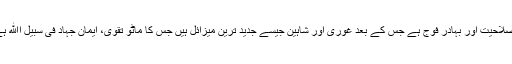
باصلاحیت اور بہادر فوج ہے جس کے بعد غوری اور شاہین جیسے جدید ترین میزائل ہیں جس کا ماٹو تقویٰ، ایمان جہاد فی سبیل اﷲ ہے۔